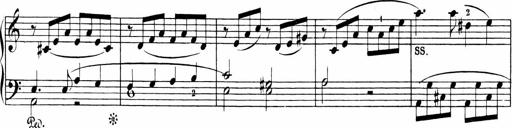
Title: 6 Sonatinas
Composer: Carl Reinecke